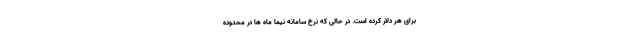
برای هر دلار کرده است. در حالی که نرخ سامانه نیما ماه ها در محدوده